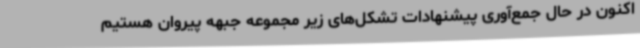
اکنون در حال جمع‌آوری پیشنهادات تشکل‌های زیر مجموعه جبهه پیروان هستیم